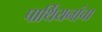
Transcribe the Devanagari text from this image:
पार्थियनांचा